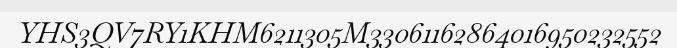
YHS3QV7RY1KHM6211305M33061162864016950232552